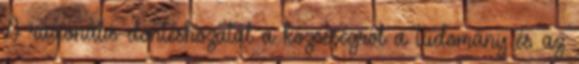
A racionális döntéshozatal a közösségről a tudomány és az